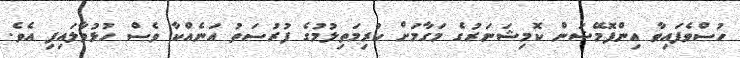
ހުސްވެފައިވާ އިންފޮމޭޝަން ކޮމިޝަނަރުގެ މަގާމަށް ކުރިމަތިލުމުގެ ފުރުސަތު އަނެއްކާ ވެސް ހުޅުވާލައިފި އެވެ.